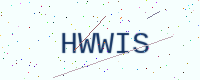
Text: HWWIS